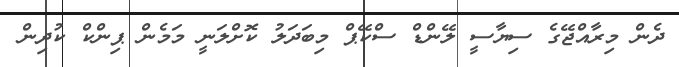
ދެން މިރާއްޖޭގެ ސިޔާސީ ލޭންޑް ސްކޭޕް މިބަަދަލު ކޮށްލަނީ މަމެން ޕިންކް ކުދިން